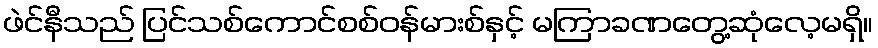
ဖဲင်နီသည် ပြင်သစ်ကောင်စစ်ဝန်မားစ်နှင့် မကြာခဏတွေ့ဆုံလေ့မရှိ။